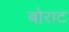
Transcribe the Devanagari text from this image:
बोराट